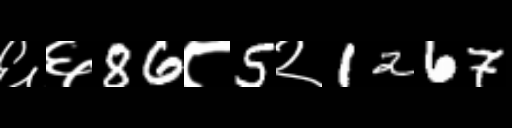
Text: ६६86८5२1267